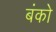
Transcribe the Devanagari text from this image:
बंको